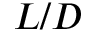
L / D